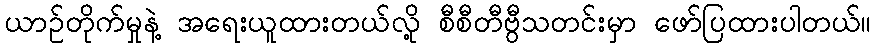
ယာဉ်တိုက်မှုနဲ့ အရေးယူထားတယ်လို့ စီစီတီဗွီသတင်းမှာ ဖော်ပြထားပါတယ်။